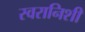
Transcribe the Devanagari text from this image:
स्वरानिशी